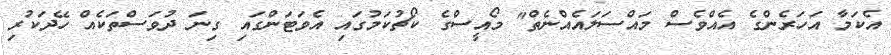
އެކަމާ އަހަރެންގެ އެއްވެސް މައްސަލައެއްނެތް" މޯއީސްގެ ކޯޗުކަމުގައި އެވަޓަންގައި ގިނަ ދުވަސްތަކެއް ހޭދަކުރި